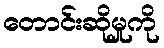
တောင်းဆိုမှုကို